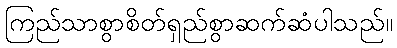
ကြည်သာစွာစိတ်ရှည်စွာဆက်ဆံပါသည်။